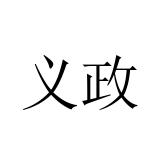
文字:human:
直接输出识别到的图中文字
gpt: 义政